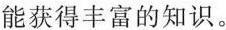
能获得丰富的知识。